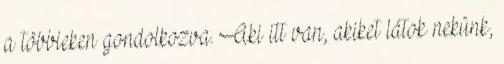
a többieken gondolkozva. Aki itt van, akiket látok nekünk,